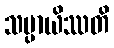
သမ္ပာယိဿတိ